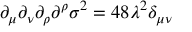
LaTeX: \partial _ { \mu } \partial _ { \nu } \partial _ { \rho } \partial ^ { \rho } \sigma ^ { 2 } = 4 8 \lambda ^ { 2 } \delta _ { \mu \nu }